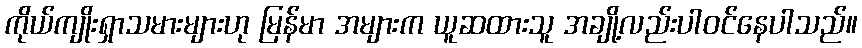
ကိုယ်ကျိုးရှာသမားများဟု မြန်မာ အများက ယူဆထားသူ အချို့လည်းပါဝင်နေပါသည်။